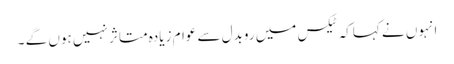
انہوں نے کہاکہ ٹیکس میں روبدل سے عوام زیادہ متاثر نہیں ہوں گے ۔